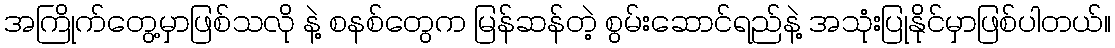
အကြိုက်တွေ့မှာဖြစ်သလို နဲ့ စနစ်တွေက မြန်ဆန်တဲ့ စွမ်းဆောင်ရည်နဲ့ အသုံးပြုနိုင်မှာဖြစ်ပါတယ်။